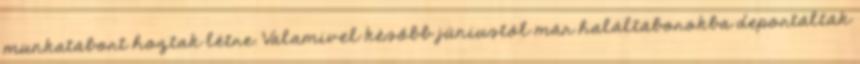
munkatábort hoztak létre. Valamivel később júniustól már haláltáborokba deportálták